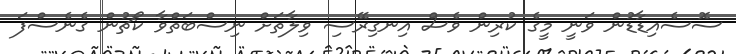
ސޮސެއިޑާޑުން ވަނީ މީގެ ކުރިން ވެސް އިނގިރޭސި ވިލާތަށް ނިސްބަތްވާ ކޯޗުން ގެނެސްފަ